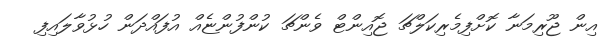
އިން ޖޫރިމަނާ ކޮށްފިމެރިކަލްޗަ ޖޮއިންޓް ވެންޗަ ކުންފުންޏެއް އުފައްދަން ހުޅުވާލައިފި